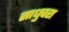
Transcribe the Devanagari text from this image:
साधुचरा